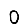
Digit: 0